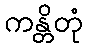
ကန္တိတုံ